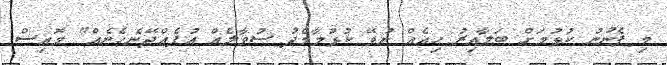
މި ފެނުނު ކުޅުމަށް ބަލާއިރު ހިއެއް ނުވޭ ކުޅުމާމެދު ސުވާލެއް އުފެއްދޭނެހެނެއް" މޮއިސް